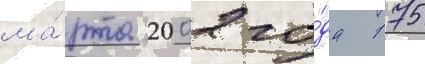
ма́рта 2002 го́да 175